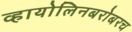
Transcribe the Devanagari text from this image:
व्हायोलिनबरोबरच